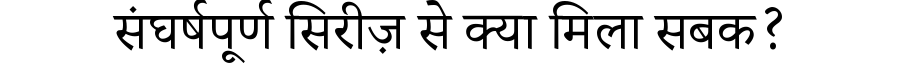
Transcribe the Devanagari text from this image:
संघर्षपूर्ण सिरीज़ से क्या मिला सबक?